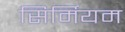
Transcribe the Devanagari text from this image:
सिर्मियम